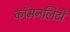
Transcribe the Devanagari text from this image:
कॉमनलिटी